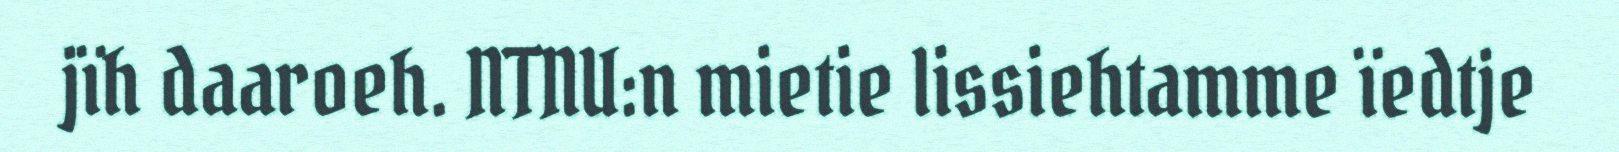
jïh daaroeh. NTNU:n mietie lissiehtamme ïedtje